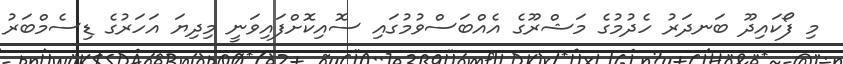
މި ފޯކައިދޫ ބަނދަރު ހެދުމުގެ މަޝްރޫގެ އެއްބަސްވުމުގައި ސޮއިކޮށްފައިވަނީ މިދިޔަ އަހަރުގެ ޑިސެމްބަރު